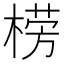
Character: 𣗦